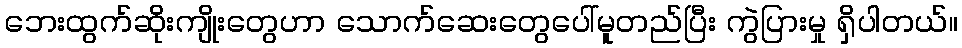
ဘေးထွက်ဆိုးကျိုးတွေဟာ သောက်ဆေးတွေပေါ်မူတည်ပြီး ကွဲပြားမှု ရှိပါတယ်။